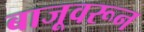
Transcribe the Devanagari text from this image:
बाजूवरून